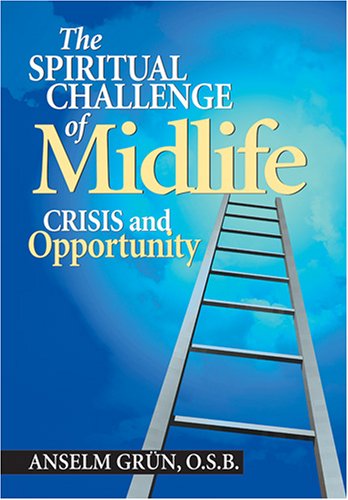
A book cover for The Spiritual Challenge of Midlife: Crisis and Opportunity; Anselm Grun; Self-Help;